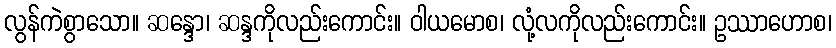
လွန်ကဲစွာသော။ ဆန္ဒော၊ ဆန္ဒကိုလည်းကောင်း။ ဝါယမောစ၊ လုံ့လကိုလည်းကောင်း။ ဥဿာဟောစ၊